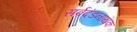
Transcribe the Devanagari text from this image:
सर्वदंडनायक